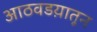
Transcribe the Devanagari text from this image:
आठवडय़ातून